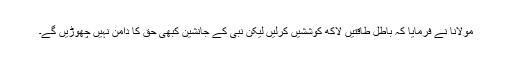
مولانا نے فرمایا کہ باطل طاقتیں لاکھ کوششیں کرلیں لیکن نبی کے جانشین کبھی حق کا دامن نہیں چھوڑیں گے۔